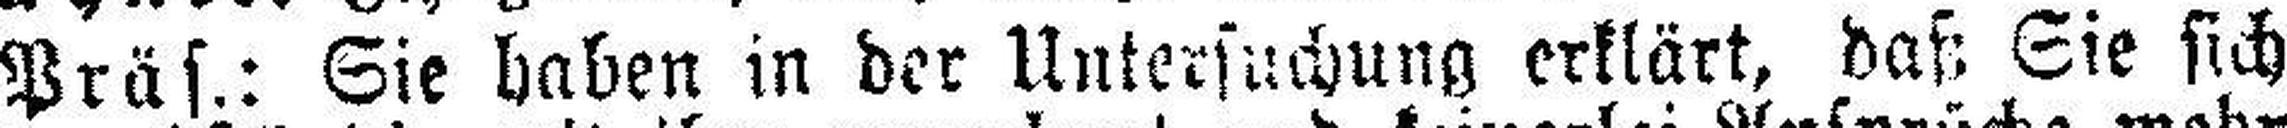
Präs.: Sie haben in der Untersuchung erklärt, daß Sie sich